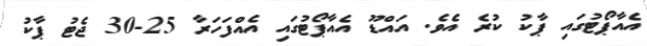
އެއާޕޯޓުގައި ޕާކު ކުރެ އެވެ. އައްޑޫ އެއާޕޯޓުގައި އެއްފަހަރާ 25-30 ޖެޓު ޕާކު